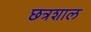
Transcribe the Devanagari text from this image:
छत्रशाल